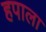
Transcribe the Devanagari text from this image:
हपाला